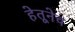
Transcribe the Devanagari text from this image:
हेतूनेच